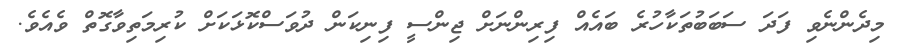
މިދެންނެވި ފަދަ ސަބަބުތަކާހުރެ ބައެއް ފިރިންނަށް ޖިންސީ ފިނިކަން ދުވަސްކޮޅަކަށް ކުރިމަތިވާގޮތް ވެއެވެ.